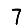
Digit: 7